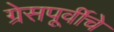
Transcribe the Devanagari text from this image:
ग्रेसपूर्वीचे